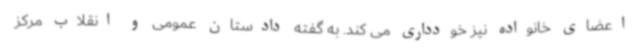
اعضای خانواده نیز خودداری می کند. به گفته دادستان عمومی و انقلاب مرکز